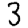
Digit: 3